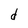
Character: d